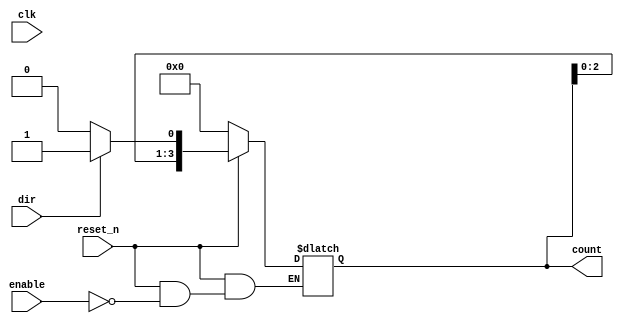
module async_shift_counter (
    input wire clk,                // Clock input
    input wire reset_n,            // Active low asynchronous reset
    input wire enable,             // Enable signal for counting
    input wire dir,                // Direction control (0 = down, 1 = up)
    output reg [3:0] count         // 4-bit counter output
);

    // Asynchronous reset and counting logic
    always @(*) begin
        if (!reset_n) begin
            count = 4'b0000;       // Reset the counter to 0
        end else if (enable) begin
            if (dir) begin
                count = {count[2:0], 1'b1}; // Shift left and set LSB to 1 (count up)
            end else begin
                count = {count[2:0], 1'b0}; // Shift left and set LSB to 0 (count down)
            end
        end
    end

endmodule